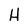
Character: H